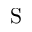
\mathrm { S }